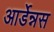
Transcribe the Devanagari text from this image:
आर्डेन्नस